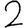
Digit: 2